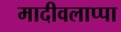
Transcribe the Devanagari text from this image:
मादीवलाप्पा